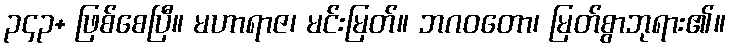
၃၄၃+ ဖြစ်စေပြီ။ မဟာရာဇ၊ မင်းမြတ်။ ဘဂဝတော၊ မြတ်စွာဘုရား၏။